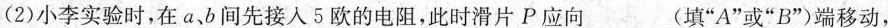
(2)小李实验时，在a、b间先接入5欧的电阻，此时滑片P应向___(填”A”或”B”)端移动，